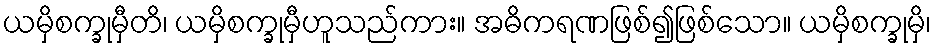
ယမှိစက္ခုမှီတိ၊ ယမှိစက္ခုမှီဟူသည်ကား။ အဓိကရဏဖြစ်၍ဖြစ်သော။ ယမှိစက္ခုမှိ၊